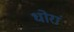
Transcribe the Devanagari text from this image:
धोरां